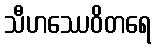
သီဟဿေဝိတရေ